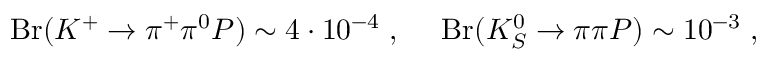
\mathrm { B r } ( K ^ { + } \to \pi ^ { + } \pi ^ { 0 } P ) \sim 4 \cdot 1 0 ^ { - 4 } \; , ~ ~ ~ ~ \mathrm { B r } ( K _ { S } ^ { 0 } \to \pi \pi P ) \sim 1 0 ^ { - 3 } \; , \nonumber